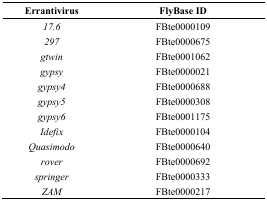
<table><thead><tr><td><b>Errantivirus</b></td><td><b>FlyBase ID </b></td></tr></thead><tbody><tr><td><i>17.6</i></td><td>FBte0000109</td></tr><tr><td><i>297</i></td><td>FBte0000675</td></tr><tr><td><i>gtwin</i></td><td>FBte0001062</td></tr><tr><td><i>gypsy</i></td><td>FBte0000021</td></tr><tr><td><i>gypsy4</i></td><td>FBte0000688</td></tr><tr><td><i>gypsy5</i></td><td>FBte0000308</td></tr><tr><td><i>gypsy6</i></td><td>FBte0001175</td></tr><tr><td><i>Idefix</i></td><td>FBte0000104</td></tr><tr><td><i>Quasimodo</i></td><td>FBte0000640</td></tr><tr><td><i>rover</i></td><td>FBte0000692</td></tr><tr><td><i>springer</i></td><td>FBte0000333</td></tr><tr><td><i>ZAM</i></td><td>FBte0000217</td></tr></tbody></table>